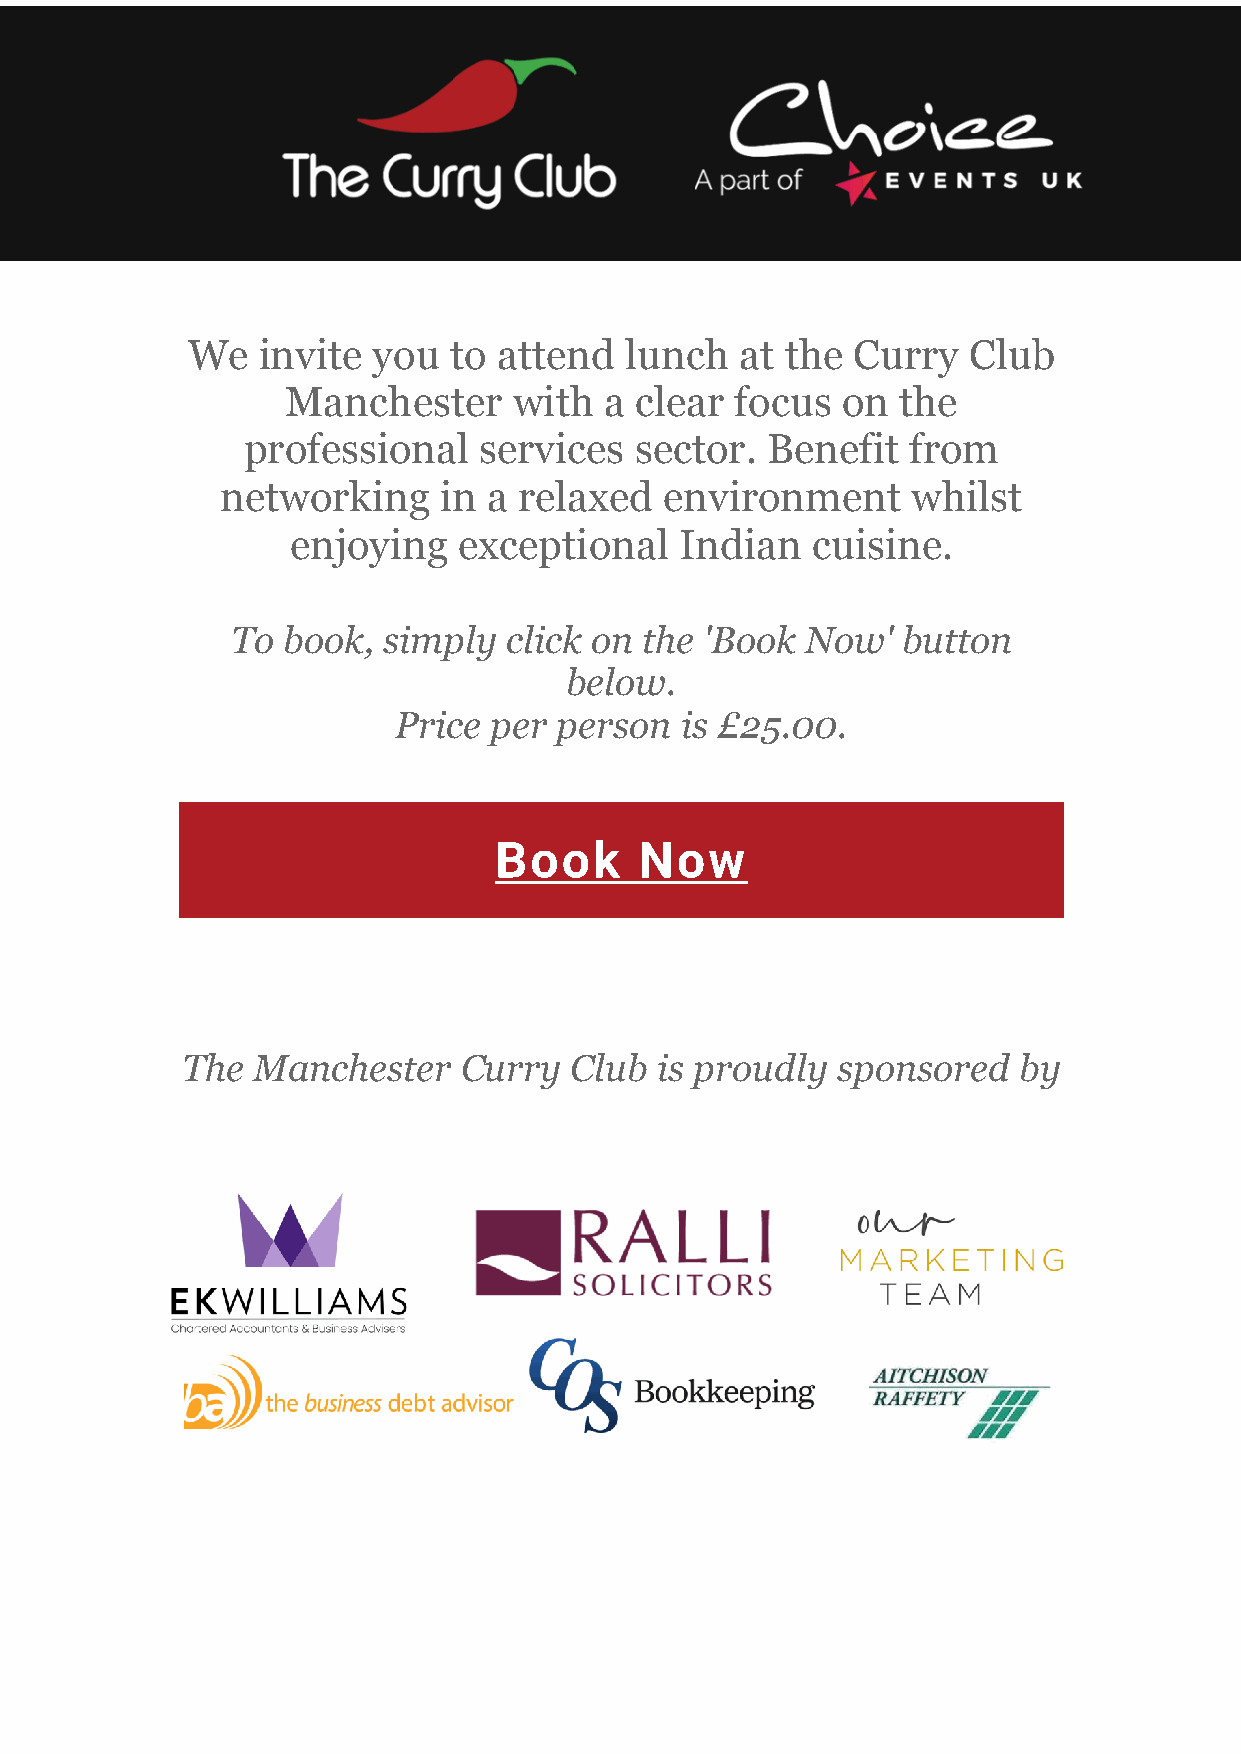
We   invite  you  to attend  lunch   at the Curry   Club
 Manchester     with  a clear  focus  on the
 professional    services  sector.  Benefit  from
 networking    in a relaxed   environment     whilst
 enjoying   exceptional    Indian   cuisine.
 To  book, simply  click on the  'Book Now'   button
 below.
 Price per  person  is £25.00.
 Book     Now
 The  Manchester   Curry   Club is proudly  sponsored   by